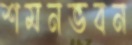
শমনভবন